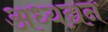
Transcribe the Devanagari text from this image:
अध्यद्यन